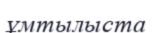
ұмтылыста